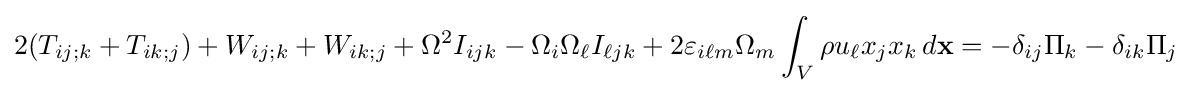
2(T_{ij;k}+T_{ik;j})+W_{ij;k}+W_{ik;j}+\Omega ^{2}I_{ijk}-\Omega _{i}\Omega _{\ell }I_{\ell jk}+2\varepsilon _{i\ell m}\Omega _{m}\int _{V}\rho u_{\ell }x_{j}x_{k}\,d\mathbf {x} =-\delta _{ij}\Pi _{k}-\delta _{ik}\Pi _{j}